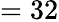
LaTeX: =32